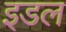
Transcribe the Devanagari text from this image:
इडल